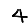
Digit: 4